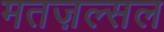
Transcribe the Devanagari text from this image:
मतज़ल्सल